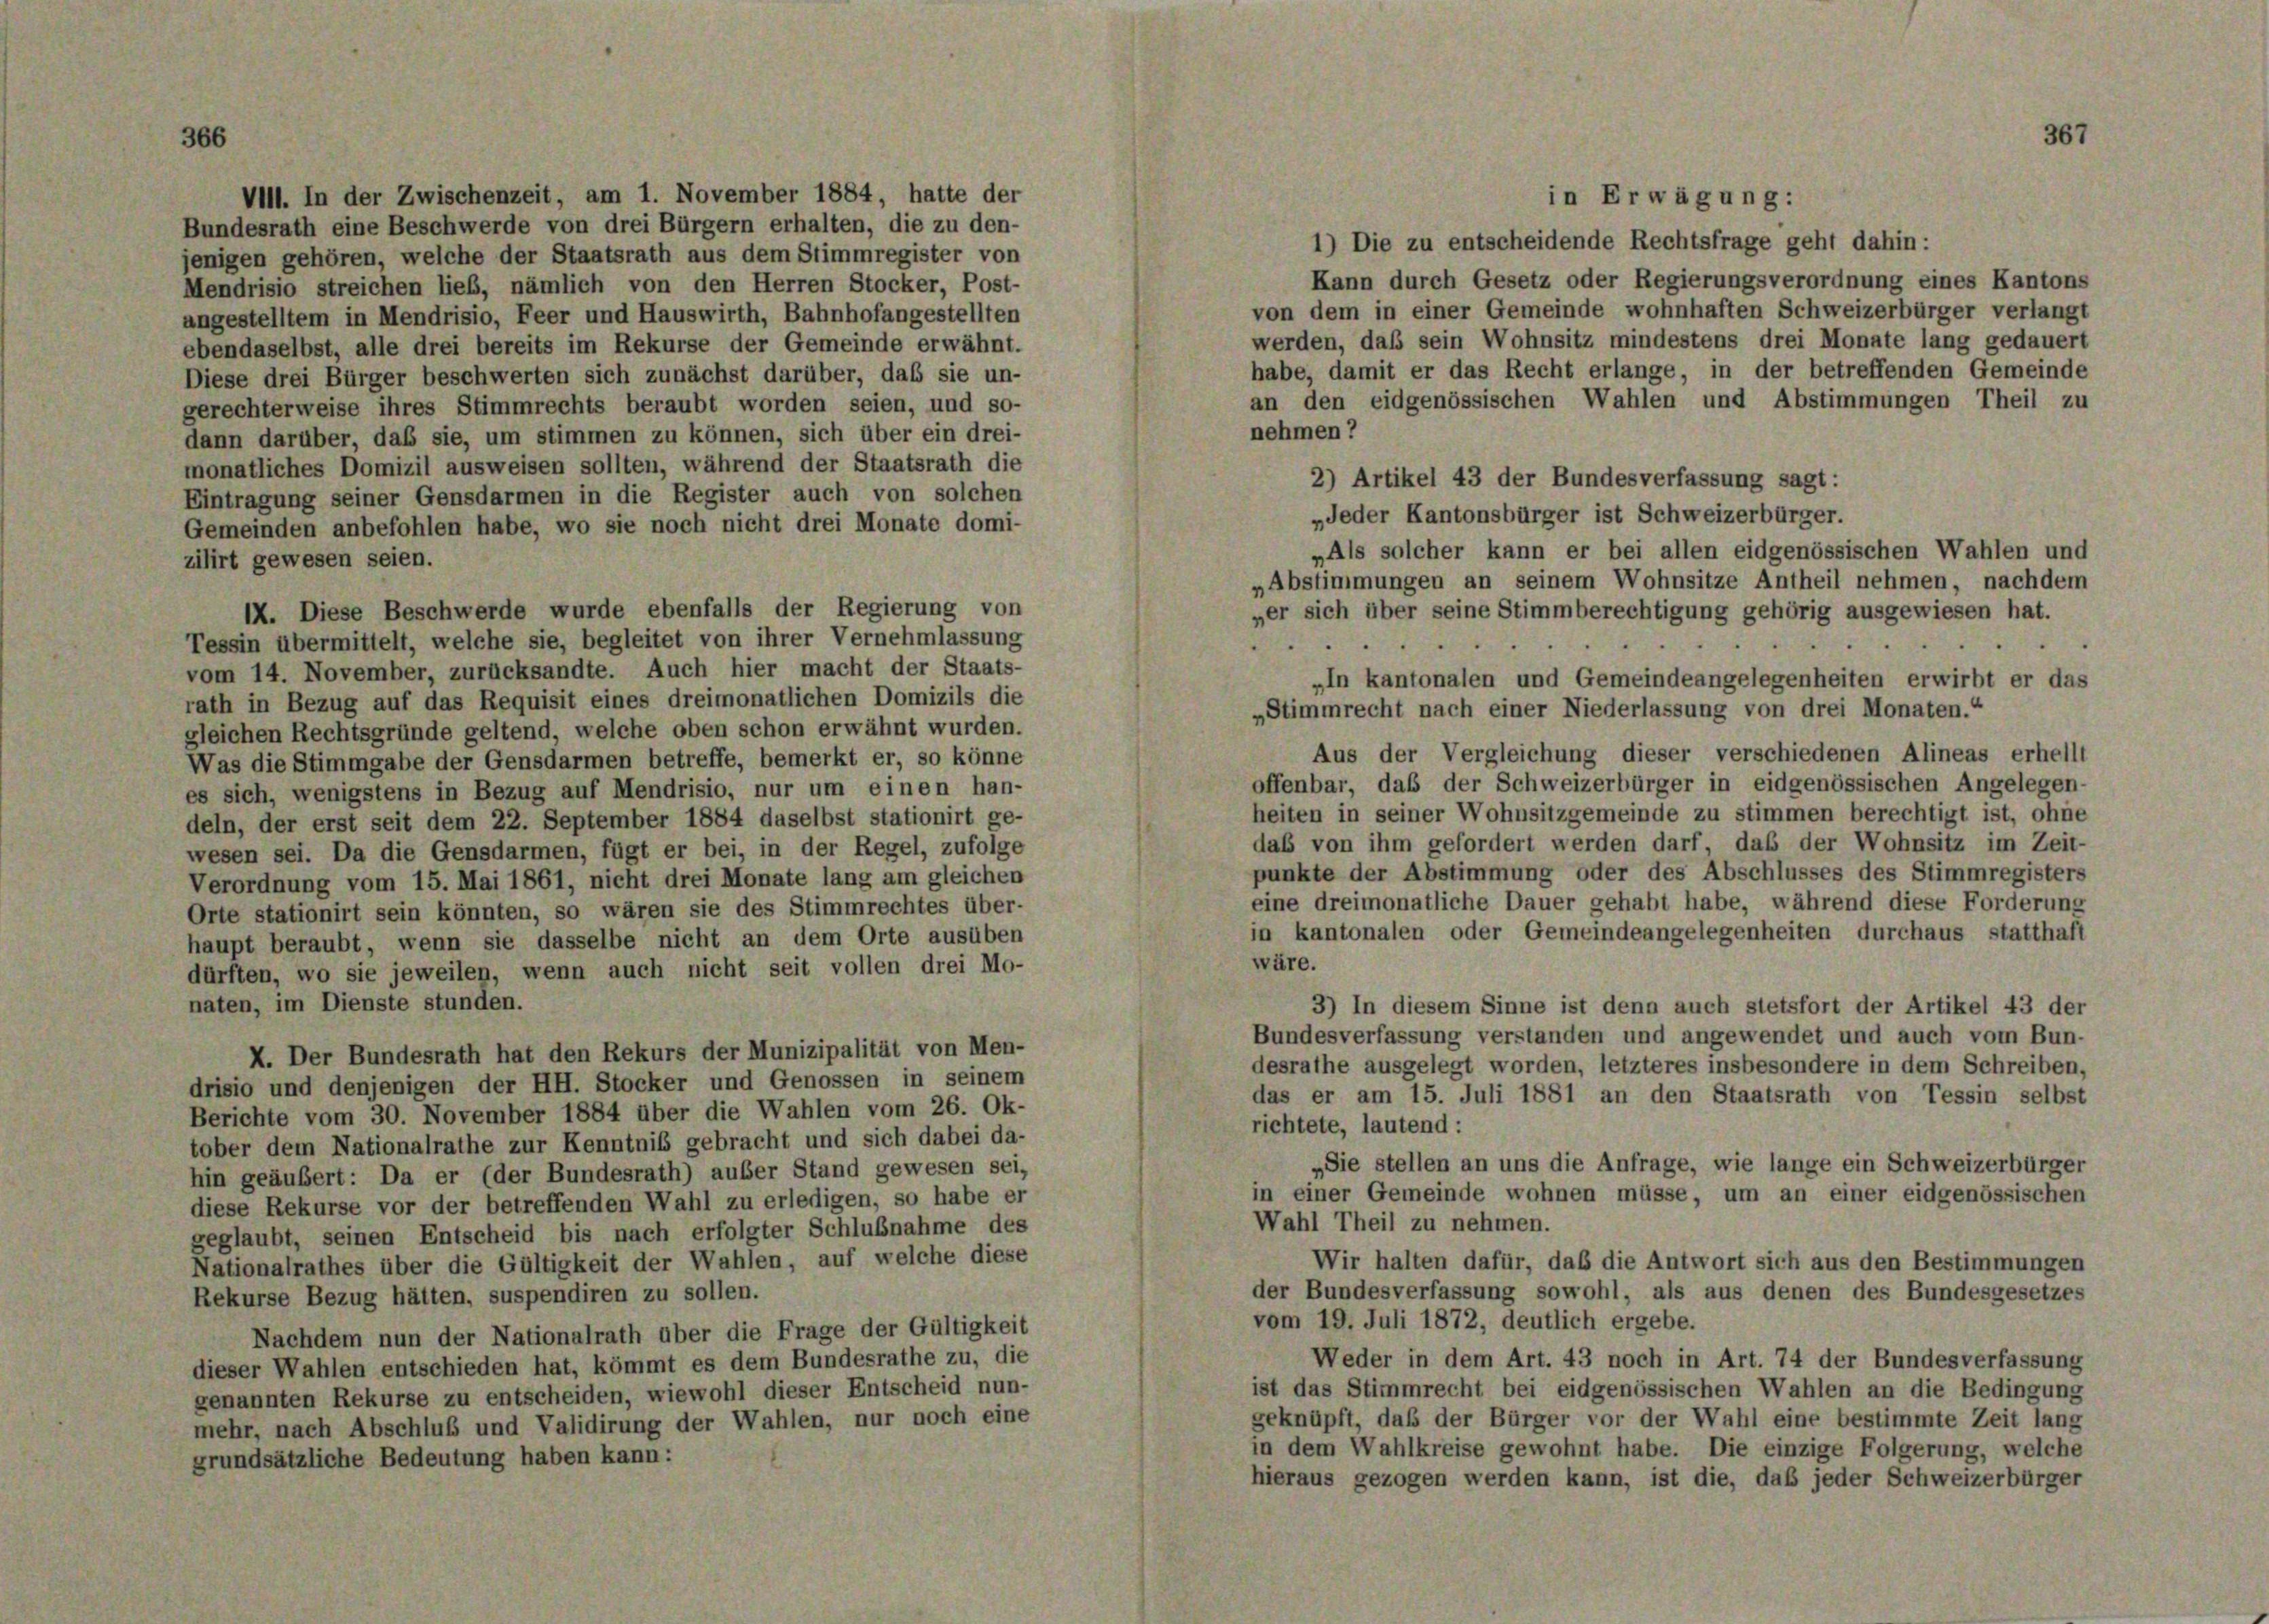
1) Die zu entscheidende Rechtsfrage geht dahin:
jenigen gehören, welche der Staatsrath aus dem Stimmregister von
Kann durch Gesetz oder Regierungsverordnung eines Kantons
Mendrisio streichen lieb, nämlich von den Herren Stocker, Post-
von dem in einer Gemeinde wohnhaften Schweizerbürger verlangt
angestelltem in Mendrisio, Feer und Hauswirth, Bahnhofangestellten
werden, daß sein Wohnsitz mindestens drei Monate lang gedauert
ebendaselbst, alle drei bereits im Rekurse der Gemeinde erwähnt.
habe, damit er das Recht erlange, in der betreffenden Gemeinde
Diese drei Bürger beschwerten sich zunächst darüber, daß sie un-
an den eidgenössischen Wahlen und Abstimmungen Theil zu
gerechterweise ihres Stimmrechts beraubt worden seien, und so-
nehmen?
dann darüber, daß sie, um stimmen zu können, sich über ein drei-
monatliches Domizil ausweisen sollten, während der Staatsrath die
2) Artikel 43 der Bundesverfassung sagt:
Eintragung seiner Gensdarmen in die Register auch von solchen
„Jeder Kantonsbürger ist Schweizerbürger.
Gemeinden anbefohlen habe, wo sie noch nicht drei Monate domi-
„Als solcher kann er bei allen eidgenössischen Wahlen und
zilirt gewesen seien.
„Abstimmungen an seinem Wohnsitze Antheil nehmen, nachdem
IX. Diese Beschwerde wurde ebenfalls der Regierung von
per sich über seine Stimmberechtigung gehörig ausgewiesen hat.
Tessin übermittelt, welche sie, begleitet von ihrer Vernehmlassung
 . .
t
vom 14. November, zurücksandte. Auch hier macht der Staats-
„In kantonalen und Gemeindeangelegenheiten erwirbt er das
rath in Bezug auf das Requisit eines dreimonatlichen Domizils die
„Stimmrecht nach einer Niederlassung von drei Monaten.“
gleichen Rechtsgründe geltend, welche oben schon erwähnt wurden.
Aus der Vergleichung dieser verschiedenen Alineas erhellt
Was die Stimmgabe der Gensdarmen betreffe, bemerkt er, so könne
offenbar, daß der Schweizerbürger in eidgenössischen Angelegen-
es sich, wenigstens in Bezug auf Mendrisio, nur um einen han-
heiten in seiner Wohnsitzgemeinde zu stimmen berechtigt ist, ohne
deln, der erst seit dem 22. September 1884 daselbst stationirt ge-
das von ihm gefordert werden darf, daß der Wohnsitz im Zeit-
wesen sei. Da die Gensdarmen, fügt er bei, in der Regel, zufolge
punkte der Abstimmung oder des Abschlusses des Stimmregisters
Verordnung vom 15. Mai 1861, nicht drei Monate lang am gleichen
eine dreimonatliche Dauer gehabt habe, während diese Forderung
Orte stationirt sein könnten, so wären sie des Stimmrechtes über-
in kantonalen oder Gemeindeangelegenheiten durchaus statthaft
haupt beraubt, wenn sie dasselbe nicht an dem Orte ausüben
wäre.
dürften, wo sie jeweilen, wenn auch nicht seit vollen drei Mo-
naten, im Dienste stunden.
3) In diesem Sinne ist denn auch stetsfort der Artikel 43 der
Bundesverfassung verstanden und angewendet und auch vom Bun-
X. Der Bundesrath hat den Rekurs der Munizipalität von Men-
desrathe ausgelegt worden, letzteres insbesondere in dem Schreiben.
drisio und denjenigen der HH. Stocker und Genossen in seinem
das er am 15. Juli 1881 an den Staatsrath von Tessin selbst
Berichte vom 30. November 1884 über die Wahlen vom 26. Ok-
richtete, lautend:
tober dem Nationalrathe zur Kenntniß gebracht und sich dabei da-
„Sie stellen an uns die Anfrage, wie lange ein Schweizerbürger
hin geäußert: Da er (der Bundesrath) außer Stand gewesen sei,
in einer Gemeinde wohnen müsse, um an einer eidgenössischen
diese Rekurse vor der betreffenden Wahl zu erledigen, so habe er
Wahl Theil zu nehmen.
geglaubt, seinen Entscheid bis nach erfolgter Schlußnahme des
Wir halten dafür, daß die Antwort sich aus den Bestimmungen
Nationalrathes über die Gültigkeit der Wahlen, auf welche diese
der Bundesverfassung sowohl, als aus denen des Bundesgesetzes
Rekurse Bezug hätten, suspendiren zu sollen.
vom 19. Juli 1872, deutlich ergebe.
Nachdem nun der Nationalrath über die Frage der Gültigkeit
Weder in dem Art. 43 noch in Art. 74 der Bundesverfassung
dieser Wahlen entschieden hat, kömmt es dem Bundesrathe zu, die
ist das Stimmrecht bei eidgenössischen Wahlen an die Bedingung
genannten Rekurse zu entscheiden, wiewohl dieser Entscheid nun-
geknüpft, daß der Bürger vor der Wahl eine bestimmte Zeit lang
mehr, nach Abschluß und Validirung der Wahlen, nur noch eine
in dem Wahlkreise gewohnt habe. Die einzige Folgerung, welche
grundsätzliche Bedeutung haben kann:
hieraus gezogen werden kann, ist die, daß jeder Schweizerbürger

VIII. In der Zwischenzeit, am 1. November 1884, hatte der
Bundesrath eine Beschwerde von drei Bürgern erhalten, die zu den-

in Erwägung:

367